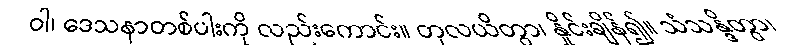
ဝါ၊ ဒေသနာတစ်ပါးကို လည်းကောင်း။ တုလယိတွာ၊ နှိုင်းချိန်၍။ သံသန္ဒိတွာ၊